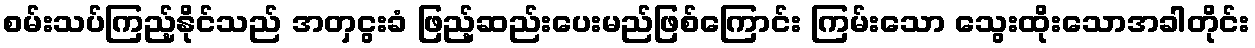
စမ်းသပ်ကြည့်နိုင်သည် အတှငွးခံ ဖြည့်ဆည်းပေးမည်ဖြစ်ကြောင်း ကြမ်းသော သွေးထိုးသောအခါတိုင်း